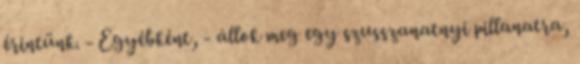
érintünk. - Egyébként, - állok meg egy szusszanatnyi pillanatra,